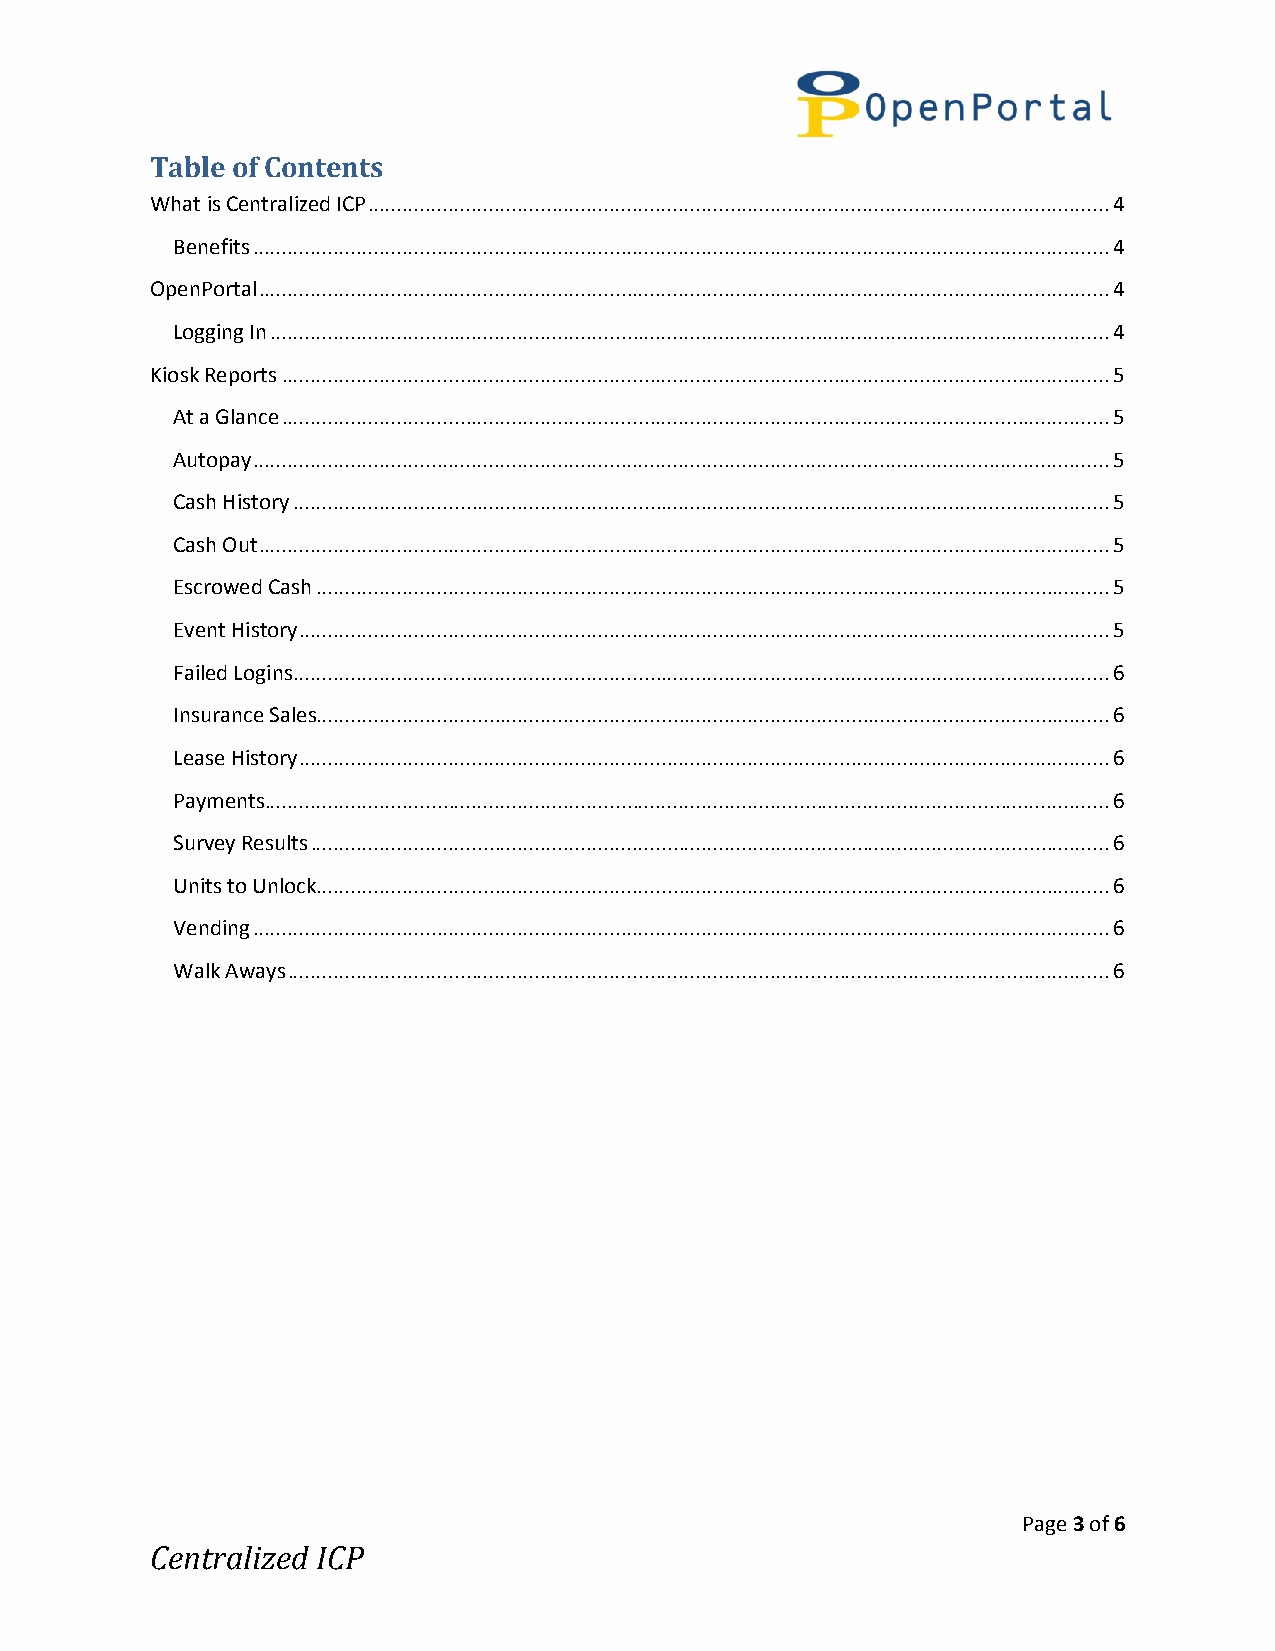
Table of Contents
 What is Centralized ICP ................................................................................................................................. 4
 Benefits ..................................................................................................................................................... 4
 OpenPortal .................................................................................................................................................... 4
 Logging In .................................................................................................................................................. 4
 Kiosk Reports ................................................................................................................................................ 5
 At a Glance ................................................................................................................................................ 5
 Autopay ..................................................................................................................................................... 5
 Cash History .............................................................................................................................................. 5
 Cash Out .................................................................................................................................................... 5
 Escrowed Cash .......................................................................................................................................... 5
 Event History ............................................................................................................................................. 5
 Failed Logins .............................................................................................................................................. 6
 Insurance Sales.......................................................................................................................................... 6
 Lease History ............................................................................................................................................. 6
 Payments................................................................................................................................................... 6
 Survey Results ........................................................................................................................................... 6
 Units to Unlock .......................................................................................................................................... 6
 Vending ..................................................................................................................................................... 6
 Walk Aways ............................................................................................................................................... 6
 Page 3 of 6
 Centralized ICP